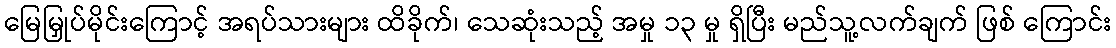
မြေမြှုပ်မိုင်းကြောင့် အရပ်သားများ ထိခိုက်၊ သေဆုံးသည့် အမှု ၁၃ မှု ရှိပြီး မည်သူ့လက်ချက် ဖြစ် ကြောင်း